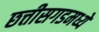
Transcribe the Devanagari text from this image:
छत्तीसगडमध्ये